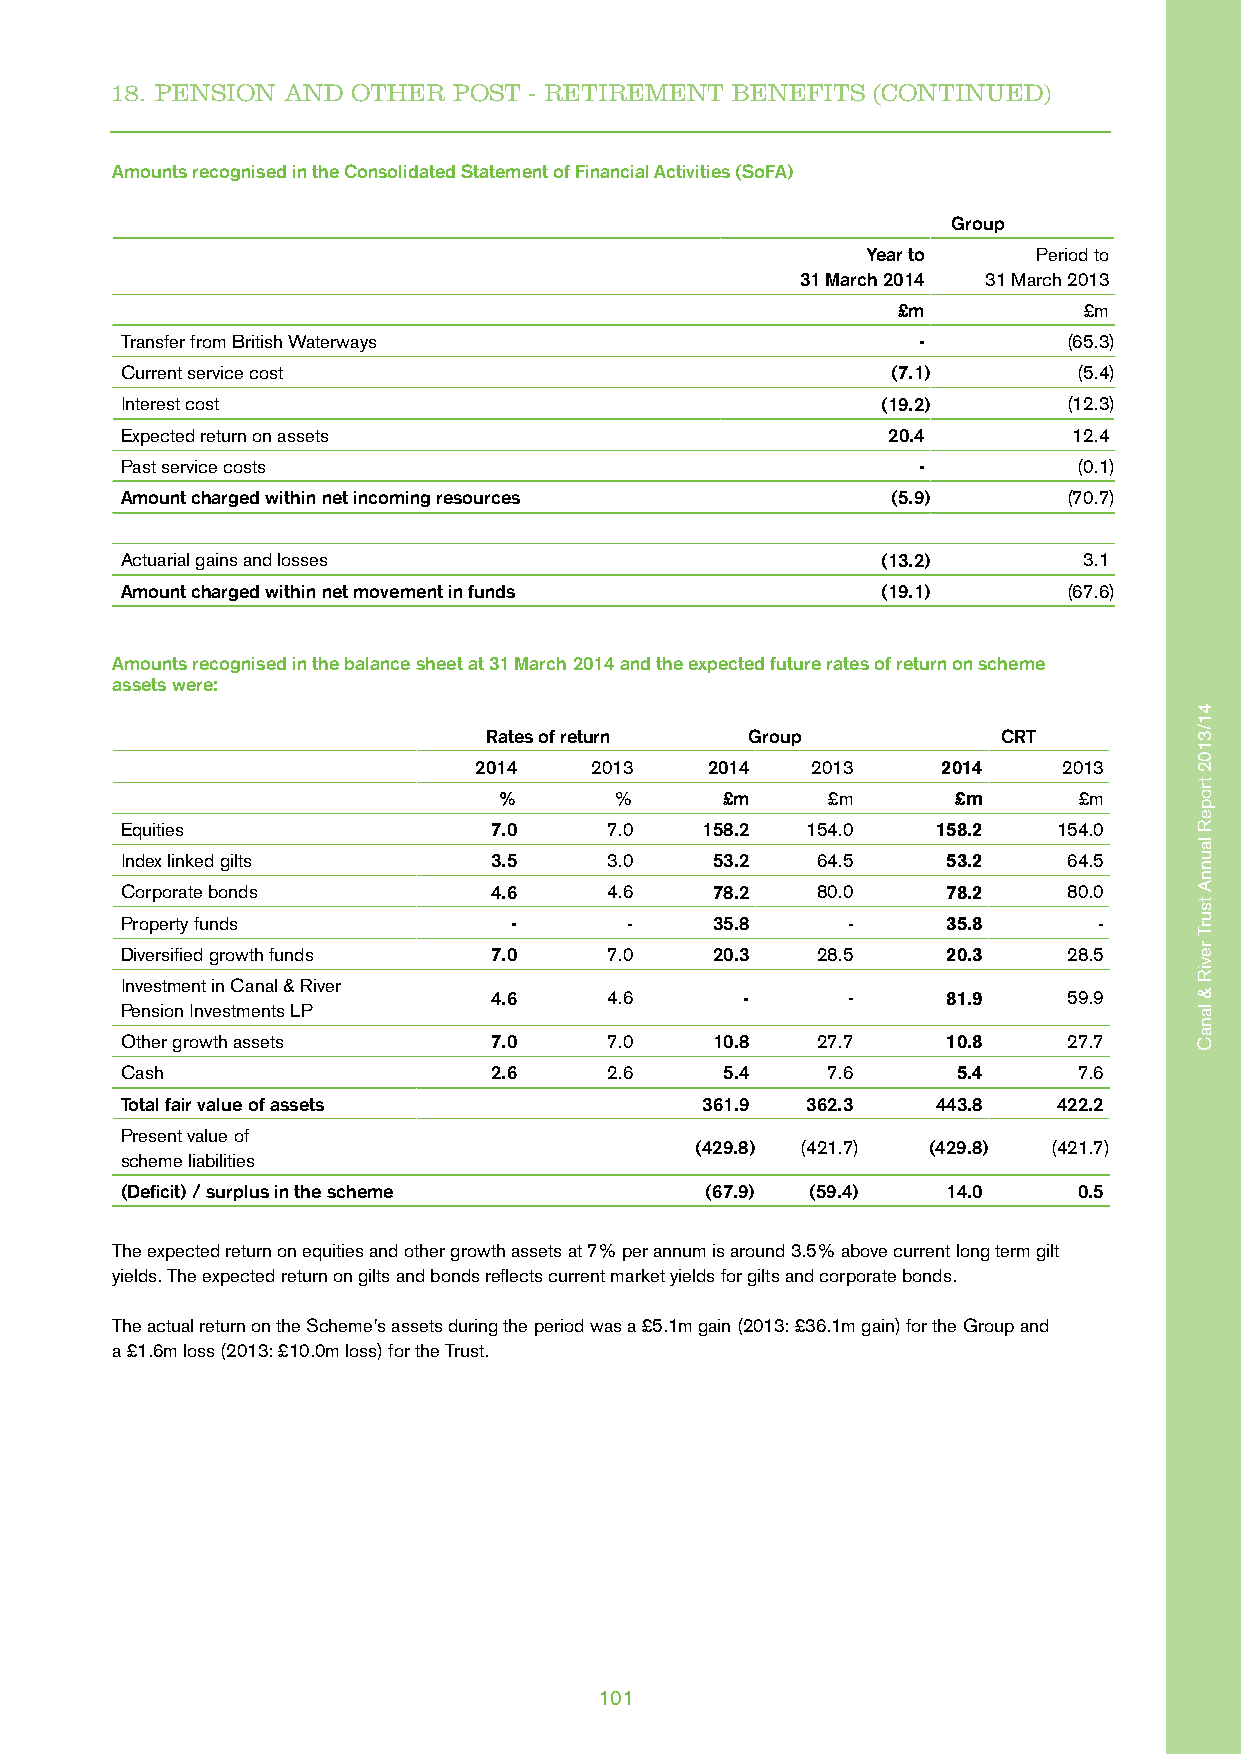
18. PENSION AND OTHER  POST - RETIREMENT BENEFITS  (CONTINUED)
 Amounts recognised in the Consolidated Statement of Financial Activities (SoFA)
 Group
 Year to     Period to
 31 March 2014 31 March 2013
 £m           £m
 Transfer from British Waterways                      -         (65.3)
 Current service cost                               (7.1)       (5.4)
 Interest cost                                     (19.2)       (12.3)
 Expected return on assets                          20.4        12.4
 Past service costs                                   -         (0.1)
 Amount charged within net incoming resources       (5.9)       (70.7)
 Actuarial gains and losses                        (13.2)        3.1
 Amount charged within net movement in funds       (19.1)       (67.6)
 Amounts recognised in the balance sheet at 31 March 2014 and the expected future rates of return on scheme
 assets were:
 Rates of return   Group           CRT
 2014    2013    2014   2013    2014    2013
 %       %      £m     £m      £m      £m
 Equities                7.0     7.0   158.2  154.0    158.2   154.0
 Index linked gilts      3.5     3.0    53.2   64.5     53.2    64.5
 Corporate bonds         4.6     4.6    78.2   80.0     78.2    80.0
 Property funds            -       -    35.8     -      35.8      -
 Diversified growth funds 7.0    7.0    20.3   28.5     20.3    28.5
 Investment in Canal & River
 4.6     4.6      -      -      81.9    59.9
 Pension Investments LP
 Other growth assets     7.0     7.0    10.8   27.7     10.8    27.7
 Cash                    2.6     2.6     5.4    7.6     5.4     7.6
 Total fair value of assets            361.9  362.3    443.8   422.2
 Present value of
 (429.8) (421.7) (429.8) (421.7)
 scheme liabilities
 (Deficit) / surplus in the scheme      (67.9) (59.4)   14.0    0.5
 The expected return on equities and other growth assets at 7% per annum is around 3.5% above current long term gilt
 yields. The expected return on gilts and bonds reflects current market yields for gilts and corporate bonds.
 The actual return on the Scheme’s assets during the period was a £5.1m gain (2013: £36.1m gain) for the Group and
 a £1.6m loss (2013: £10.0m loss) for the Trust.
 101
 41/3102
 tropeR
 launnA
 tsurT
 reviR
 &
 lanaC
 41/3102
 tropeR
 launnA
 tsurT
 reviR
 &
 lanaC